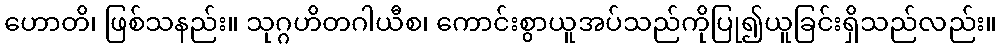
ဟောတိ၊ ဖြစ်သနည်း။ သုဂ္ဂဟိတဂါယီစ၊ ကောင်းစွာယူအပ်သည်ကိုပြု၍ယူခြင်းရှိသည်လည်း။